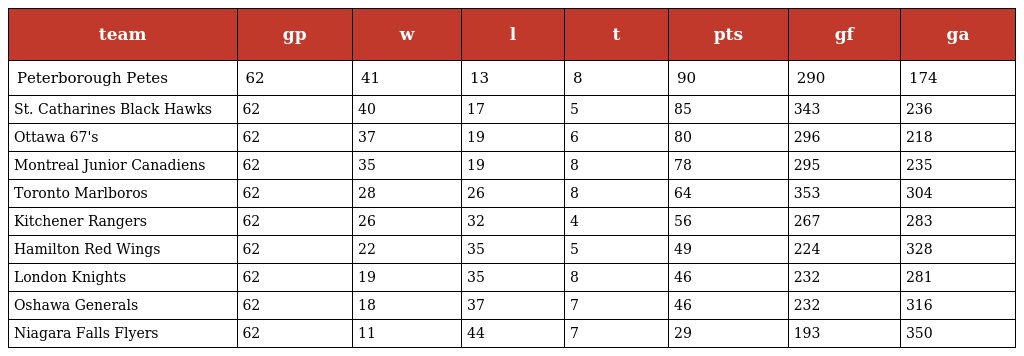
| team | gp | w | l | t | pts | gf | ga |
 | --- | --- | --- | --- | --- | --- | --- | --- |
 | Peterborough Petes | 62 | 41 | 13 | 8 | 90 | 290 | 174 |
 | St. Catharines Black Hawks | 62 | 40 | 17 | 5 | 85 | 343 | 236 |
 | Ottawa 67's | 62 | 37 | 19 | 6 | 80 | 296 | 218 |
 | Montreal Junior Canadiens | 62 | 35 | 19 | 8 | 78 | 295 | 235 |
 | Toronto Marlboros | 62 | 28 | 26 | 8 | 64 | 353 | 304 |
 | Kitchener Rangers | 62 | 26 | 32 | 4 | 56 | 267 | 283 |
 | Hamilton Red Wings | 62 | 22 | 35 | 5 | 49 | 224 | 328 |
 | London Knights | 62 | 19 | 35 | 8 | 46 | 232 | 281 |
 | Oshawa Generals | 62 | 18 | 37 | 7 | 46 | 232 | 316 |
 | Niagara Falls Flyers | 62 | 11 | 44 | 7 | 29 | 193 | 350 |